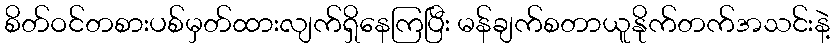
စိတ်ဝင်တစားပစ်မှတ်ထားလျက်ရှိနေကြပြီး မန်ချက်စတာယူနိုက်တက်အသင်းနဲ့